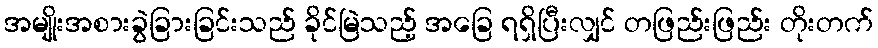
အမျိုးအစားခွဲခြားခြင်းသည် ခိုင်မြဲသည့် အခြေ ရရှိပြီးလျှင် တဖြည်းဖြည်း တိုးတက်